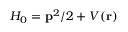
H _ { 0 } = { \mathbf { { p } } ^ { 2 } } / { 2 } + V ( \mathbf { r } )